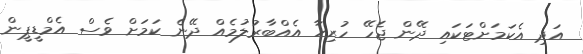
އަދި އެކަމަށްޓަކައި ދޭން ޖެހޭ ހުރިހާ އެއްބާރުލުމެއް ދޭނެ ކަމަށް ވެސް އެމްޑީޕީން